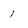
Character: 1